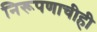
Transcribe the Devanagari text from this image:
निरूपणाचीही